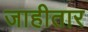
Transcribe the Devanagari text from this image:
जाहीतार